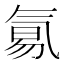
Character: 𣱢